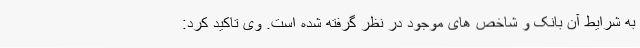
به شرایط آن بانک و شاخص های موجود در نظر گرفته شده است. وی تاکید کرد: